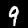
Digit: 9